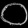
Digit: ၀